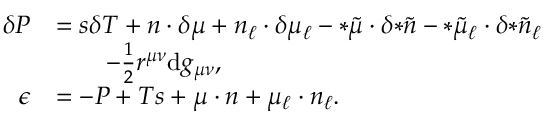
\begin{array} { r l } { \delta P } & { = s \delta T + n \cdot \delta \mu + n _ { \ell } \cdot \delta \mu _ { \ell } - { * \tilde { \mu } } \cdot \delta { * \tilde { n } } - { * \tilde { \mu } _ { \ell } } \cdot \delta { * \tilde { n } _ { \ell } } } \\ & { \qquad - \frac { 1 } { 2 } r ^ { \mu \nu } \mathrm { d } g _ { \mu \nu } , } \\ { \epsilon } & { = - P + T s + \mu \cdot n + \mu _ { \ell } \cdot n _ { \ell } . } \end{array}